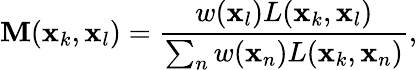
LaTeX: \mathbf{M}(\mathbf{{x}}_{k},\mathbf{{x}}_{l})=\frac{{w(\mathbf{{x}}_{l})L(\mathbf{{x}}_{k},\mathbf{{x}}_{l})}}{{\sum_{n}w(\mathbf{{x}}_{n})L(\mathbf{{x}}_{k},\mathbf{{x}}_{n})}},